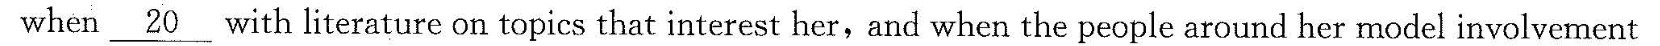
in the reading process.